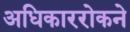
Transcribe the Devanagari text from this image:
अधिकाररोकने